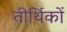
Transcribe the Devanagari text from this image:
तीर्थिकों